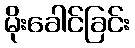
မိုးခေါင်ခြင်း